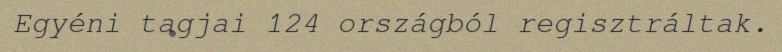
Egyéni tagjai 124 országból regisztráltak.